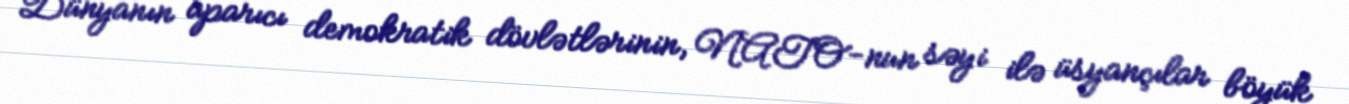
Dünyanın aparıcı demokratik dövlətlərinin, NATO-nun səyi ilə üsyançılar böyük